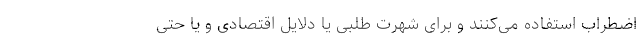
اضطراب استفاده می‌کنند و برای شهرت‌ طلبی یا دلایل اقتصادی و یا حتی